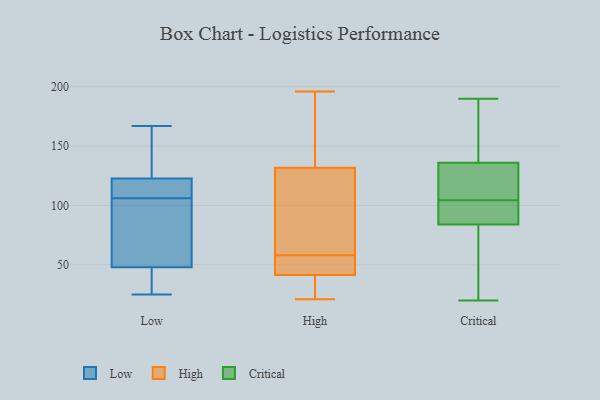
{"axis": {"x": "Satisfaction Score", "y": "Value"}, "legend": ["Critical", "High", "Low"], "data": [{"x": "", "y": 167, "type": "Low"}, {"x": "", "y": 106, "type": "Low"}, {"x": "", "y": 113, "type": "Low"}, {"x": "", "y": 164, "type": "Low"}, {"x": "", "y": 53, "type": "Low"}, {"x": "", "y": 25, "type": "Low"}, {"x": "", "y": 98, "type": "Low"}, {"x": "", "y": 32, "type": "Low"}, {"x": "", "y": 128, "type": "Low"}, {"x": "", "y": 121, "type": "Low"}, {"x": "", "y": 118, "type": "Low"}, {"x": "", "y": 85, "type": "Low"}, {"x": "", "y": 33, "type": "Low"}, {"x": "", "y": 55, "type": "High"}, {"x": "", "y": 30, "type": "High"}, {"x": "", "y": 137, "type": "High"}, {"x": "", "y": 196, "type": "High"}, {"x": "", "y": 58, "type": "High"}, {"x": "", "y": 21, "type": "High"}, {"x": "", "y": 52, "type": "High"}, {"x": "", "y": 116, "type": "High"}, {"x": "", "y": 97, "type": "High"}, {"x": "", "y": 97, "type": "High"}, {"x": "", "y": 52, "type": "High"}, {"x": "", "y": 162, "type": "High"}, {"x": "", "y": 36, "type": "High"}, {"x": "", "y": 38, "type": "High"}, {"x": "", "y": 184, "type": "High"}, {"x": "", "y": 85, "type": "Critical"}, {"x": "", "y": 118, "type": "Critical"}, {"x": "", "y": 91, "type": "Critical"}, {"x": "", "y": 88, "type": "Critical"}, {"x": "", "y": 148, "type": "Critical"}, {"x": "", "y": 148, "type": "Critical"}, {"x": "", "y": 83, "type": "Critical"}, {"x": "", "y": 120, "type": "Critical"}, {"x": "", "y": 124, "type": "Critical"}, {"x": "", "y": 40, "type": "Critical"}, {"x": "", "y": 20, "type": "Critical"}, {"x": "", "y": 190, "type": "Critical"}]}